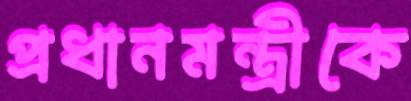
প্রধানমন্ত্রীকে